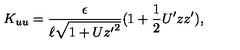
K _ { u u } = \frac { \epsilon } { \ell \sqrt { 1 + U { z ^ { \prime } } ^ { 2 } } } ( 1 + \frac { 1 } { 2 } U ^ { \prime } z z ^ { \prime } ) ,